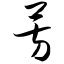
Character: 芳